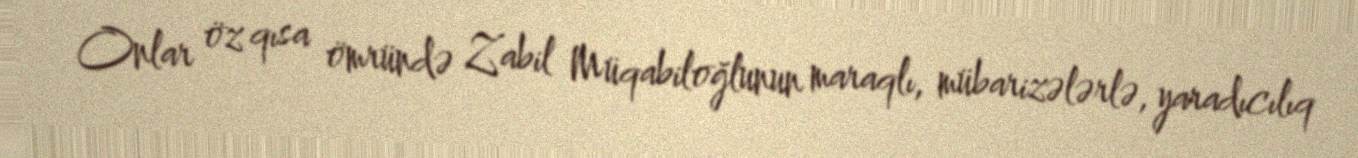
Onlar öz qısa ömründə Zabil Müqabiloğlunun maraqlı, mübarizələrlə, yaradıcılıq